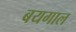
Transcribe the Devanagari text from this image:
बयगाल